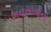
ભનસાળીનો